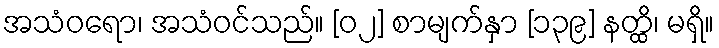
အသံဝရော၊ အသံဝင်သည်။ [၀၂] စာမျက်နှာ [၁၃၉] နတ္ထိ၊ မရှိ။